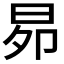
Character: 𭥦